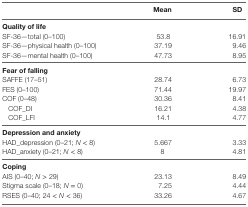
<table><thead><tr><td></td><td><b>Mean</b></td><td><b>SD</b></td></tr></thead><tbody><tr><td><b>Quality of life</b></td><td></td><td></td></tr><tr><td>SF-36—total (0–100)</td><td>53.8</td><td>16.91</td></tr><tr><td>SF-36—physical health (0–100)</td><td>37.19</td><td>9.46</td></tr><tr><td>SF-36—mental health (0–100)</td><td>47.73</td><td>8.95</td></tr><tr><td><b>Fear of falling</b></td><td></td><td></td></tr><tr><td>SAFFE (17–51)</td><td>28.74</td><td>6.73</td></tr><tr><td>FES (0–100)</td><td>71.44</td><td>19.97</td></tr><tr><td>COF (0–48)</td><td>30.36</td><td>8.41</td></tr><tr><td> COF_DI</td><td>16.21</td><td>4.38</td></tr><tr><td> COF_LFI</td><td>14.1</td><td>4.77</td></tr><tr><td><b>Depression and anxiety</b></td><td></td><td></td></tr><tr><td>HAD_depression (0–21; <i>N</i> &lt; 8)</td><td>5.667</td><td>3.33</td></tr><tr><td>HAD_anxiety (0–21; <i>N</i> &lt; 8)</td><td>8</td><td>4.81</td></tr><tr><td><b>Coping</b></td><td></td><td></td></tr><tr><td>AIS (0–40; <i>N</i> &gt; 29)</td><td>23.13</td><td>8.49</td></tr><tr><td>Stigma scale (0–18; <i>N</i> = 0)</td><td>7.25</td><td>4.44</td></tr><tr><td>RSES (0–40; 24 &lt; <i>N</i> &lt; 36)</td><td>33.26</td><td>4.67</td></tr></tbody></table>